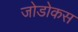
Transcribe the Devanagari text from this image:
जोडोकस